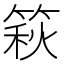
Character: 篍